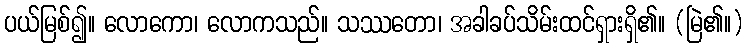
ပယ်မြစ်၍။ လောကော၊ လောကသည်။ သဿတော၊ အခါခပ်သိမ်းထင်ရှားရှိ၏။ (မြဲ၏။)